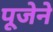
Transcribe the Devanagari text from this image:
पूजेने